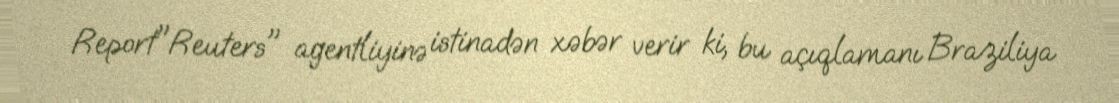
Report"Reuters" agentliyinə istinadən xəbər verir ki, bu açıqlamanı Braziliya